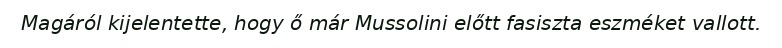
Magáról kijelentette, hogy ő már Mussolini előtt fasiszta eszméket vallott.